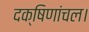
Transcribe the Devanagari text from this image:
दक्षिणांचल।